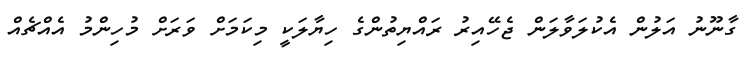
ގާނޫނު އަލުން އެކުލަވާލަން ޖެހޭއިރު ރައްޔިތުންގެ ހިޔާލަކީ މިކަމަށް ވަރަށް މުހިންމު އެއްޗެއް